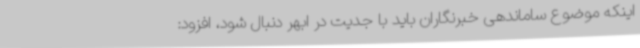
اینکه موضوع ساماندهی خبرنگاران باید با جدیت در ابهر دنبال شود، افزود: